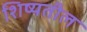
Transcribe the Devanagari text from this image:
शिष्यतील